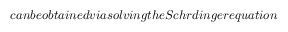
c a n b e o b t a i n e d v i a s o l v i n g t h e S c h r \" { o } d i n g e r e q u a t i o n